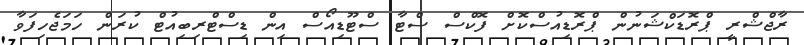
ރާޖްޝްރީ ޕްރޮޑަކްޝަނުން ޕްރޮޑިއުސްކޮށް ފޮކްސް ސްޓާ ސްޓޫޑިއޯސް އިން ޑިސްޓްރިބިއުޓް ކުރަން ހަމަޖެހިފަވާ